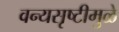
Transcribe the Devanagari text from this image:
वन्यसृष्टीमुळे